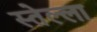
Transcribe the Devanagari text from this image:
स्तेल्ला